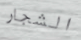
الشجار